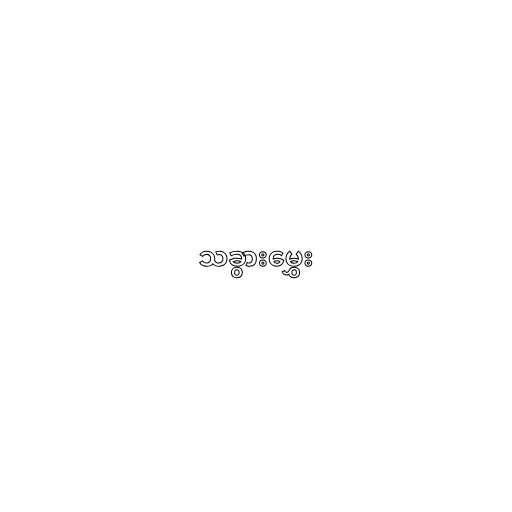
သခွားမွှေး